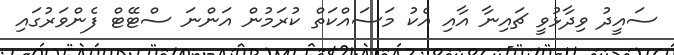
ސައީދު ވިދާޅުވީ ޗައިނާ އާއި އެކު މަސައްކަތް ކުރަމުން އަންނަ ސްޓޭޓް ފެންވަރުގައި